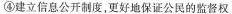
④建立信息公开制度，更好地保证公民的监督权